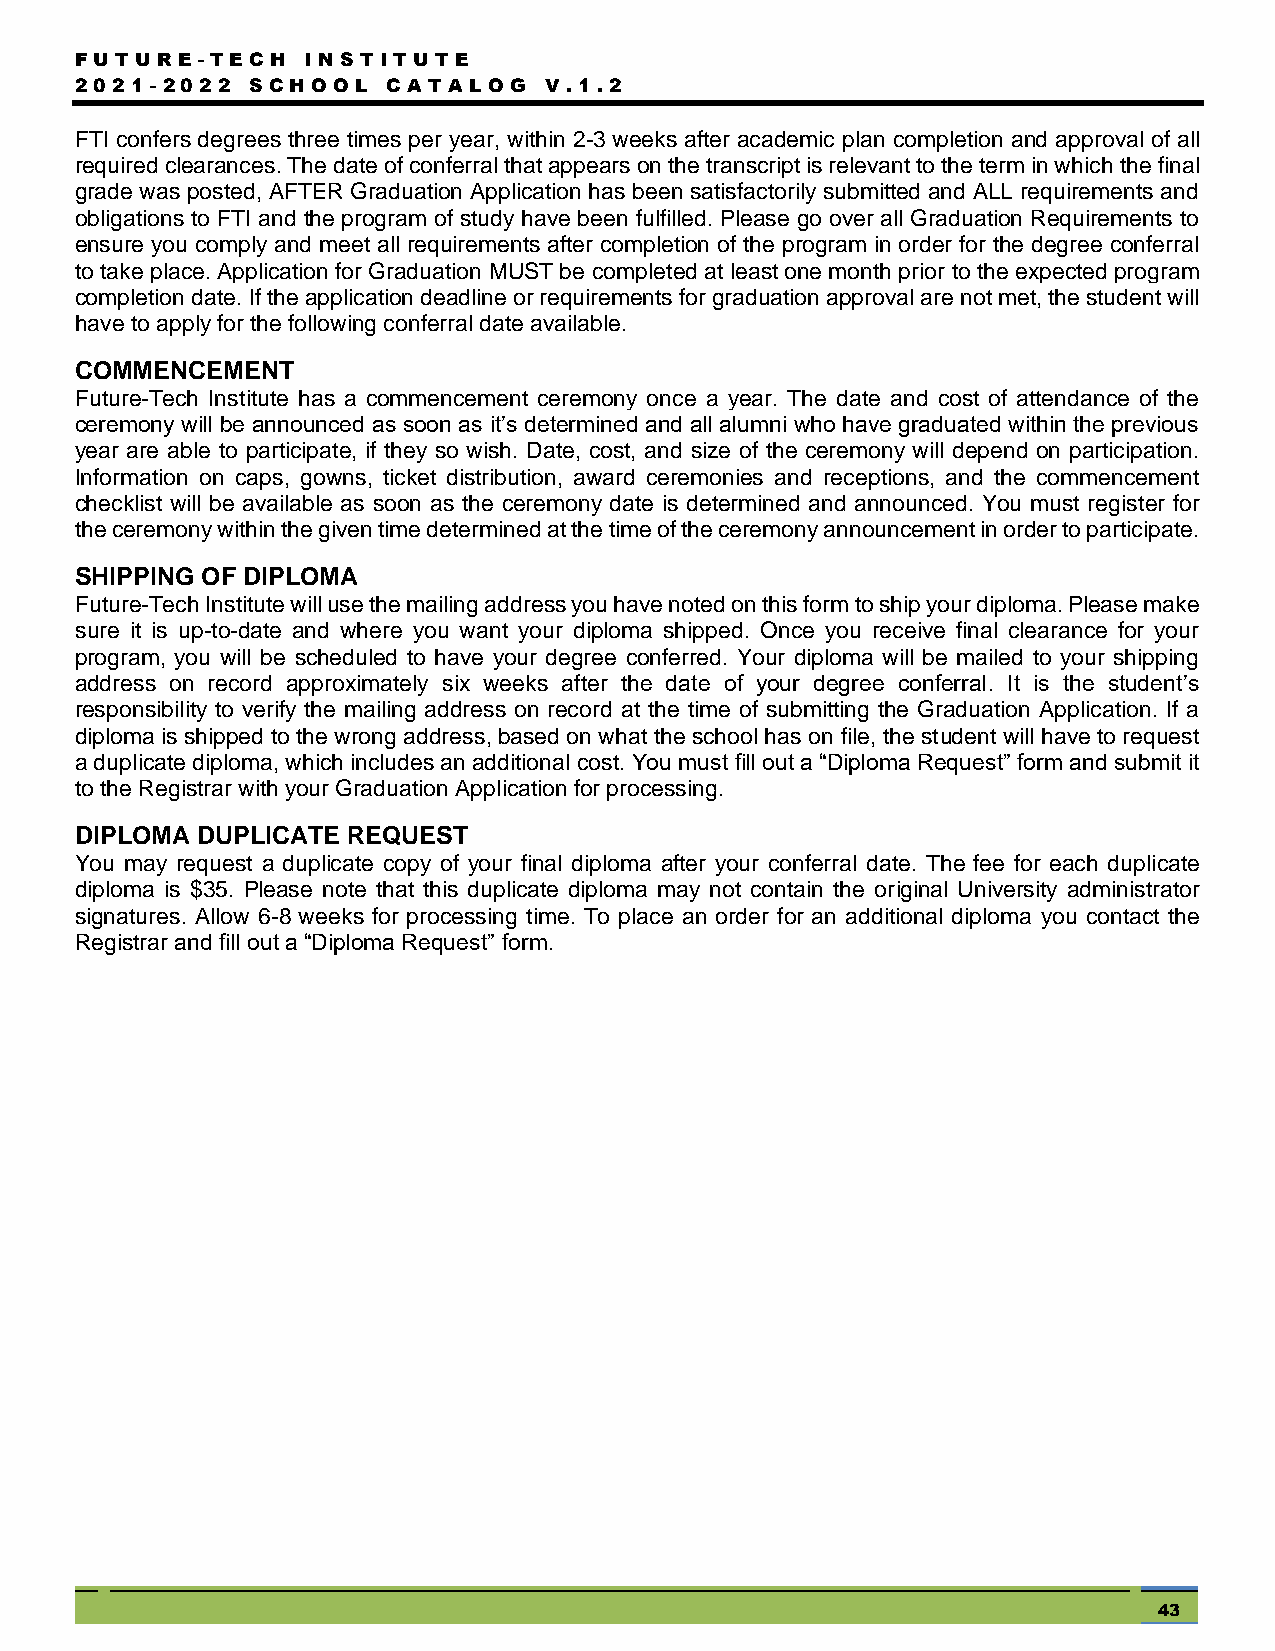
FUTUR  E - TEC H I NSTITU TE
 2021- 2022  SC HOOL  C ATA LOG V .1.2
 FTI confers degrees three times per year, within 2-3 weeks after academic plan completion and approval of all
 required clearances. The date of conferral that appears on the transcript is relevant to the term in which the final
 grade was posted, AFTER Graduation Application has been satisfactorily submitted and ALL requirements and
 obligations to FTI and the program of study have been fulfilled. Please go over all Graduation Requirements to
 ensure you comply and meet all requirements after completion of the program in order for the degree conferral
 to take place. Application for Graduation MUST be completed at least one month prior to the expected program
 completion date. If the application deadline or requirements for graduation approval are not met, the student will
 have to apply for the following conferral date available.
 COMMENCEMENT
 Future-Tech Institute has a commencement ceremony once a year. The date and cost of attendance of the
 ceremony will be announced as soon as it’s determined and all alumni who have graduated within the previous
 year are able to participate, if they so wish. Date, cost, and size of the ceremony will depend on participation.
 Information on caps, gowns, ticket distribution, award ceremonies and receptions, and the commencement
 checklist will be available as soon as the ceremony date is determined and announced. You must register for
 the ceremony within the given time determined at the time of the ceremony announcement in order to participate.
 SHIPPING OF DIPLOMA
 Future-Tech Institute will use the mailing address you have noted on this form to ship your diploma. Please make
 sure it is up-to-date and where you want your diploma shipped. Once you receive final clearance for your
 program, you will be scheduled to have your degree conferred. Your diploma will be mailed to your shipping
 address on record approximately six weeks after the date of your degree conferral. It is the student’s
 responsibility to verify the mailing address on record at the time of submitting the Graduation Application. If a
 diploma is shipped to the wrong address, based on what the school has on file, the student will have to request
 a duplicate diploma, which includes an additional cost. You must fill out a “Diploma Request” form and submit it
 to the Registrar with your Graduation Application for processing.
 DIPLOMA DUPLICATE REQUEST
 You may request a duplicate copy of your final diploma after your conferral date. The fee for each duplicate
 diploma is $35. Please note that this duplicate diploma may not contain the original University administrator
 signatures. Allow 6-8 weeks for processing time. To place an order for an additional diploma you contact the
 Registrar and fill out a “Diploma Request” form.
 43